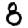
Digit: 8